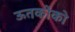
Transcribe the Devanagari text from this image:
ऊतकोंको